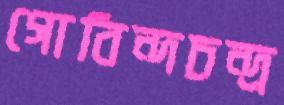
গোবিন্দচন্দ্র